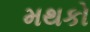
મથકો